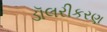
ડૉલરીકરણ